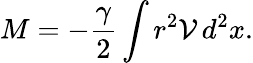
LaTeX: M=-\frac{\gamma}{2}\int r^{2}\mathcal{V}\, d^{2}x.